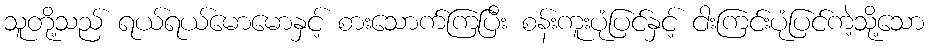
သူတို့သည် ရယ်ရယ်မောမောနှင့် စားသောက်ကြပြီး စန်းကူးပုံပြင်နှင့် ငါးကြင်းပုံပြင်ကဲ့သို့သော